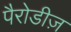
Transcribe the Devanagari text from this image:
पैरोडीज़